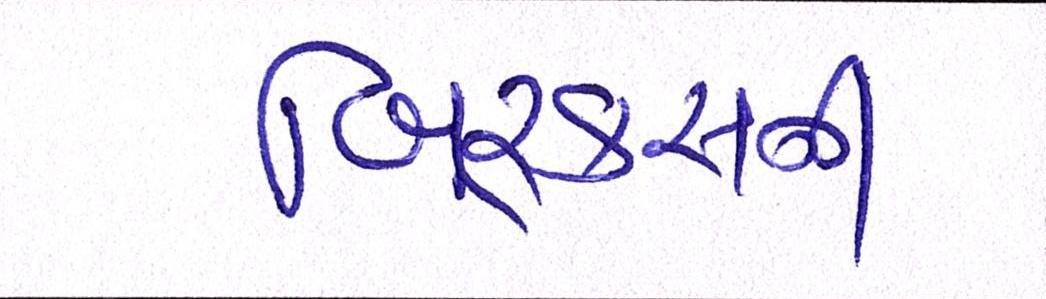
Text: બિ્રક્સની